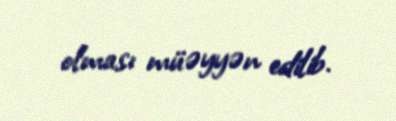
olması müəyyən edilib.